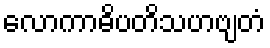
လောကာဓိပတိသဟဗျတံ